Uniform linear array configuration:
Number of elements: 32
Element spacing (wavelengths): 1
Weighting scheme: blackman
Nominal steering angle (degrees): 45
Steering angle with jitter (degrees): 45.508
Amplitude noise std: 0.05
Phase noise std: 0.05

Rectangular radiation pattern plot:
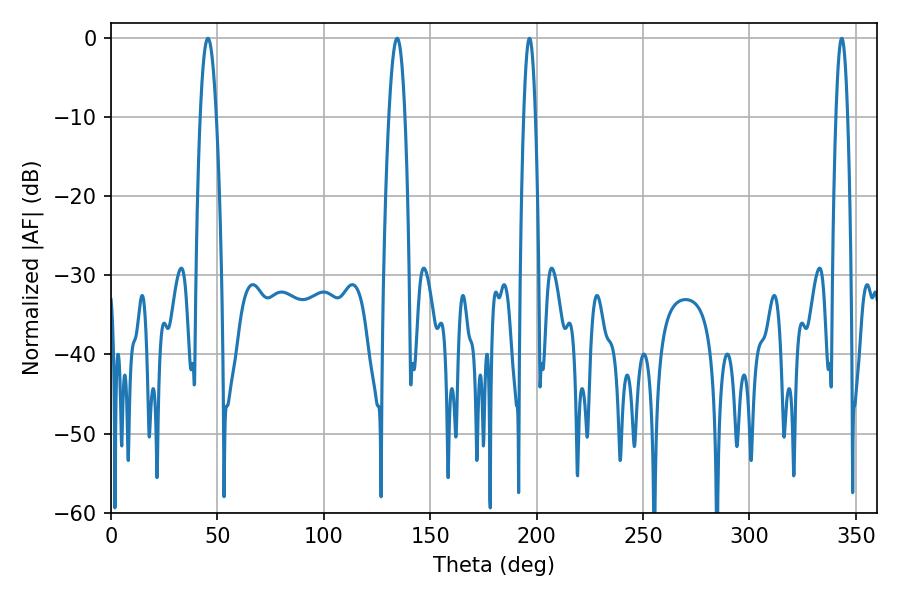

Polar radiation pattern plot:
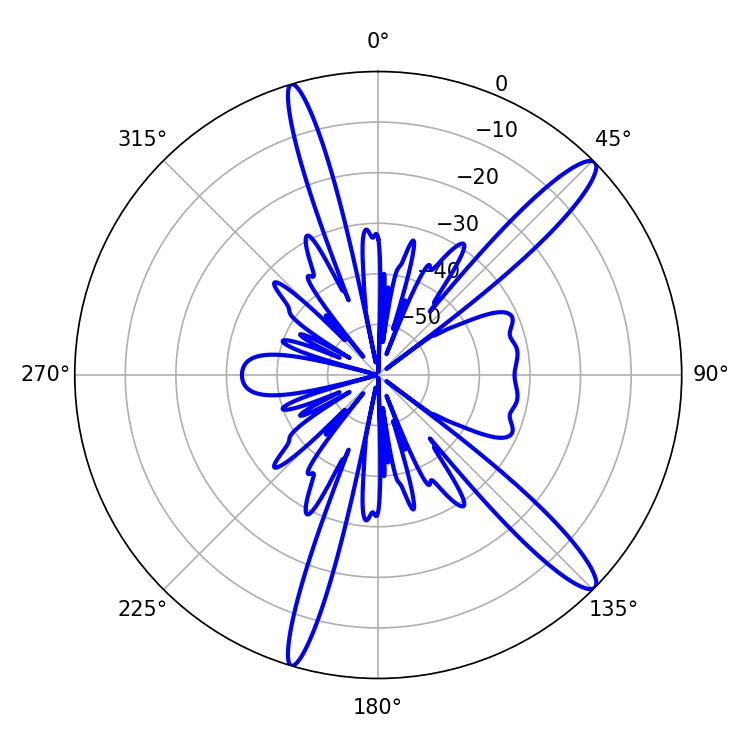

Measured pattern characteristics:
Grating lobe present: TRUE
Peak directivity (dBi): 13.978
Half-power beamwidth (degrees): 4.14
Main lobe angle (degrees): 45.54